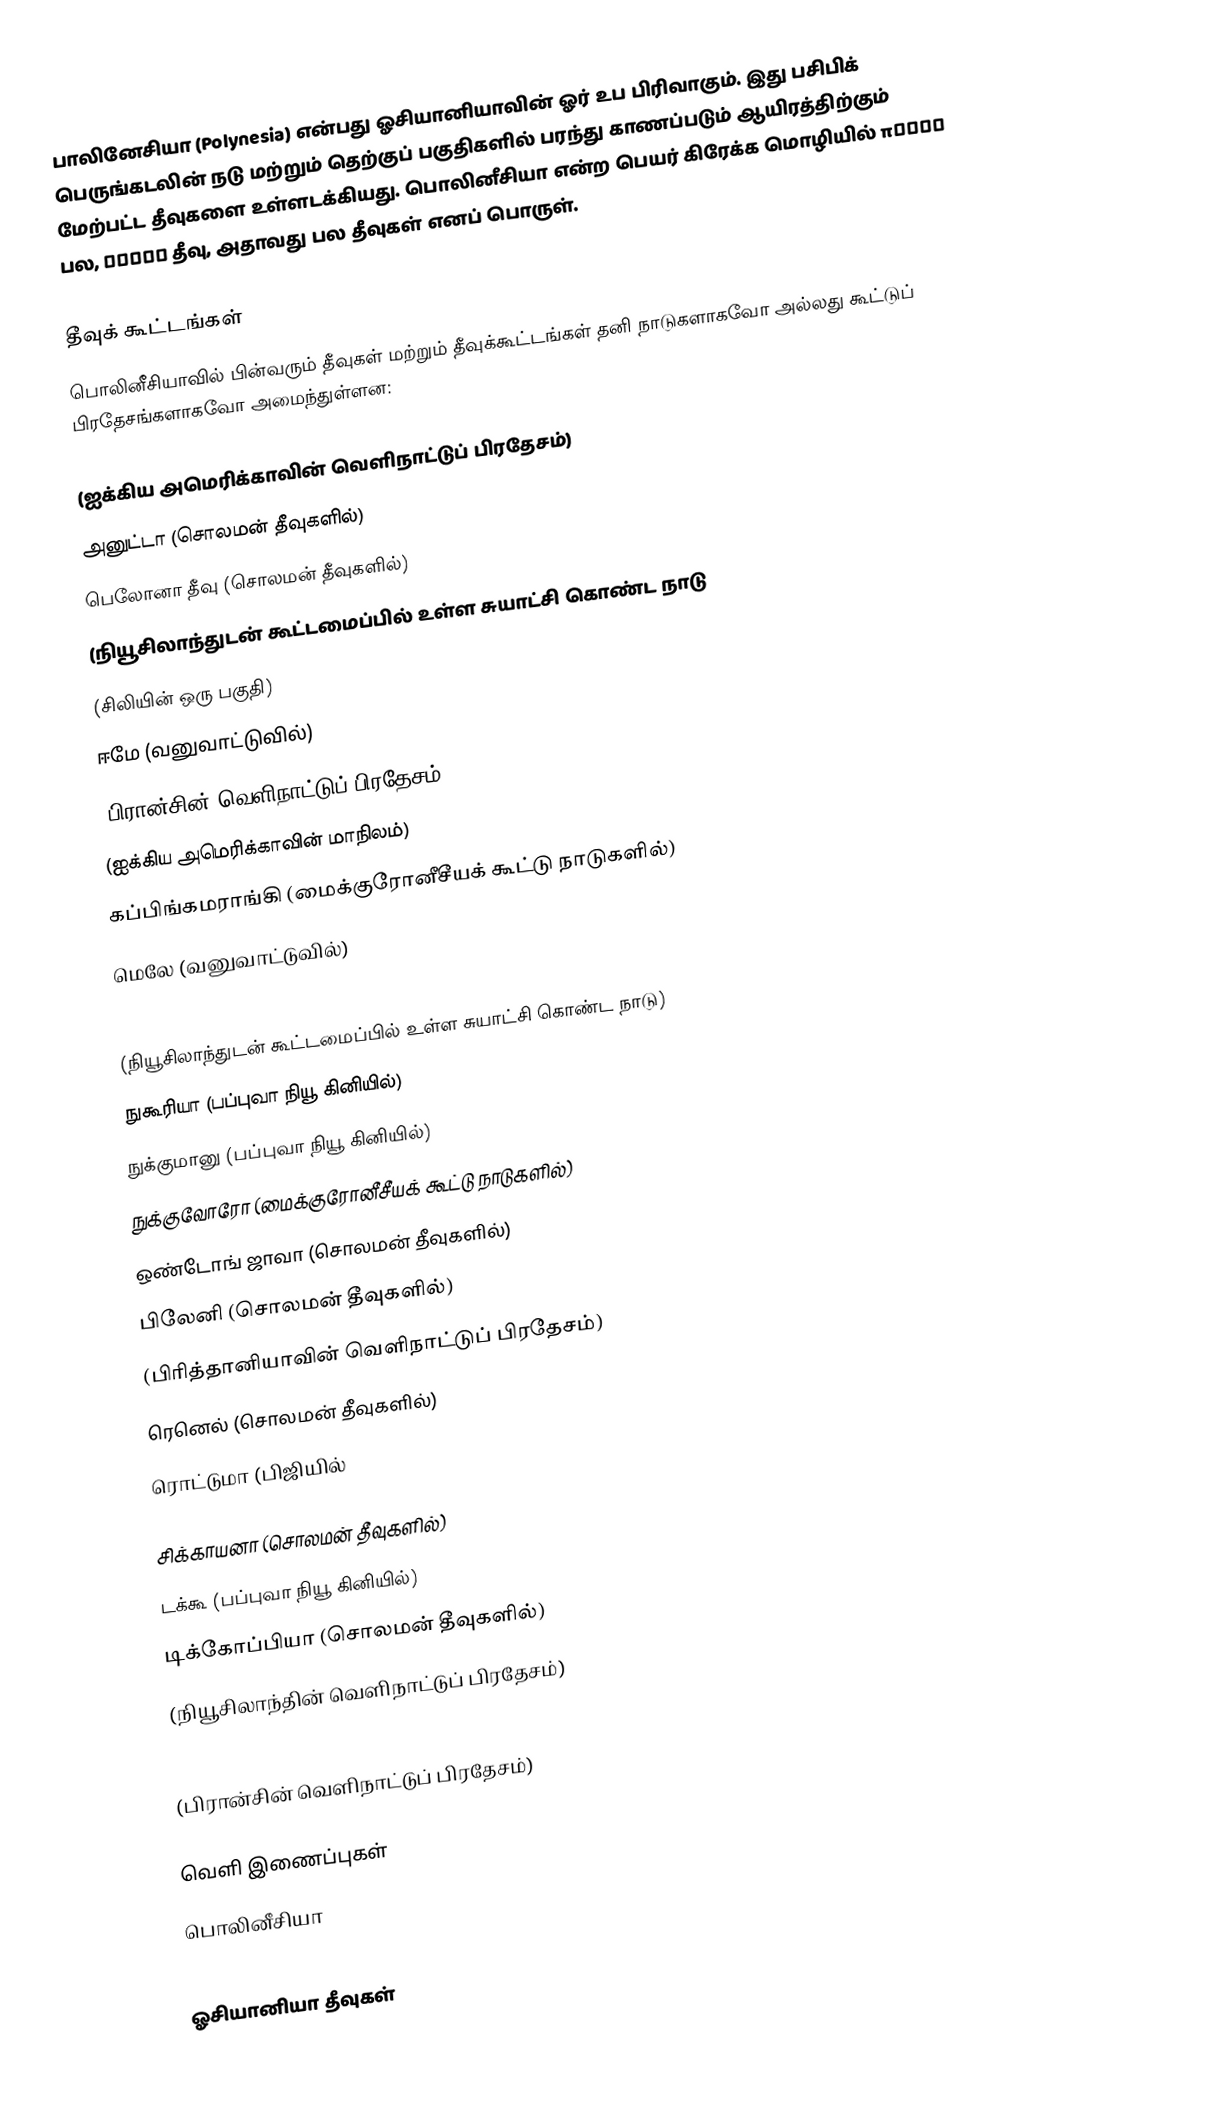
பாலினேசியா (Polynesia) என்பது ஓசியானியாவின் ஓர் உப பிரிவாகும். இது பசிபிக் பெருங்கடலின் நடு மற்றும் தெற்குப் பகுதிகளில் பரந்து காணப்படும் ஆயிரத்திற்கும் மேற்பட்ட தீவுகளை உள்ளடக்கியது. பொலினீசியா என்ற பெயர் கிரேக்க மொழியில் πολύς பல, νῆσος தீவு, அதாவது பல தீவுகள் எனப் பொருள்.

தீவுக் கூட்டங்கள்
பொலினீசியாவில் பின்வரும் தீவுகள் மற்றும் தீவுக்கூட்டங்கள் தனி நாடுகளாகவோ அல்லது கூட்டுப் பிரதேசங்களாகவோ அமைந்துள்ளன:

   (ஐக்கிய அமெரிக்காவின் வெளிநாட்டுப் பிரதேசம்)
  அனுட்டா  (சொலமன் தீவுகளில்)
  பெலோனா தீவு  (சொலமன் தீவுகளில்)
   (நியூசிலாந்துடன் கூட்டமைப்பில் உள்ள சுயாட்சி கொண்ட நாடு
   (சிலியின் ஒரு பகுதி)
  ஈமே  (வனுவாட்டுவில்)
   (பிரான்சின் வெளிநாட்டுப் பிரதேசம்)
   (ஐக்கிய அமெரிக்காவின் மாநிலம்)
  கப்பிங்கமராங்கி  (மைக்குரோனீசீயக் கூட்டு நாடுகளில்)
  மெலே  (வனுவாட்டுவில்)

   (நியூசிலாந்துடன் கூட்டமைப்பில் உள்ள சுயாட்சி கொண்ட நாடு)
  நுகூரியா  (பப்புவா நியூ கினியில்)
  நுக்குமானு  (பப்புவா நியூ கினியில்)
  நுக்குவோரோ (மைக்குரோனீசீயக் கூட்டு நாடுகளில்)
  ஒண்டோங் ஜாவா (சொலமன் தீவுகளில்)
  பிலேனி (சொலமன் தீவுகளில்)
   (பிரித்தானியாவின் வெளிநாட்டுப் பிரதேசம்)
  ரெனெல் (சொலமன் தீவுகளில்)
  ரொட்டுமா (பிஜியில்

  சிக்காயனா (சொலமன் தீவுகளில்)
  டக்கூ  (பப்புவா நியூ கினியில்)
  டிக்கோப்பியா (சொலமன் தீவுகளில்)
  (நியூசிலாந்தின் வெளிநாட்டுப் பிரதேசம்)

   (பிரான்சின் வெளிநாட்டுப் பிரதேசம்)

வெளி இணைப்புகள்
 பொலினீசியா

ஓசியானியா தீவுகள்